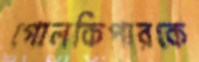
গোলকিপারকে